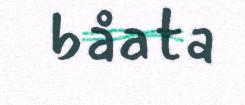
båata